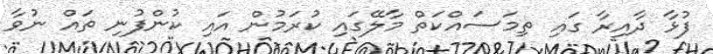
ފުޅާ ދާއިރާ ގައި ތިމަސައްކަތް މާލޭގައި ކުރަމުން އައި ކުންފުނި ތައް ނުވާ